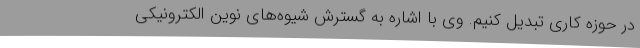
در حوزه کاری تبدیل کنیم. وی با اشاره به گسترش شیوه‌های نوین الکترونیکی